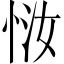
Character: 𫺈